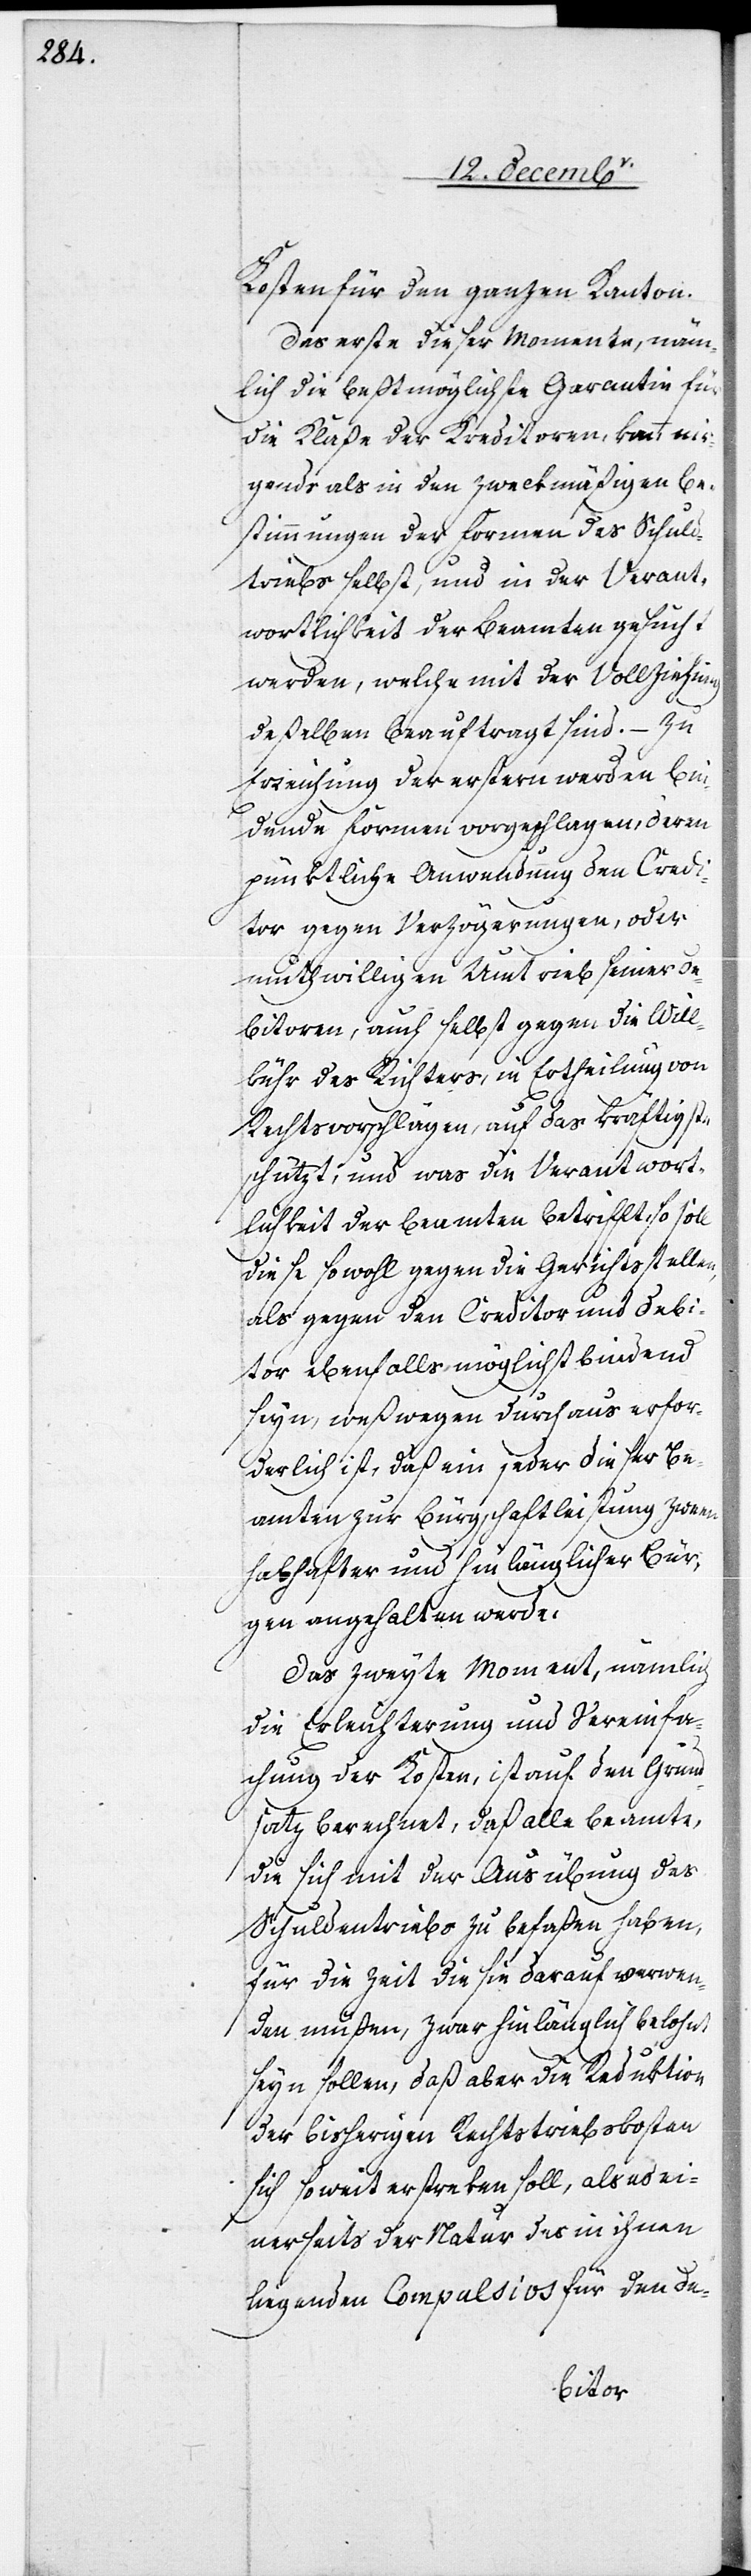
Kosten für den ganzen Kanton.
Das erste dieser Momente, näm¬
lich die beßtmöglichste Garantie für
die Klaße der Kreditoren, kann nir¬
gends als in den zweckmäßigen Be¬
stimmungen der Formen des Schuld¬
triebs selbst, und in der Verant¬
wortlichkeit der Beamten gesucht
werden, welche mit der Vollziehung
deßelben beauftragt sind. – Zu
Erreichung der ersteren werden bin¬
dende Formen vorgeschlagen, deren
pünktliche Anwendung den Credi¬
tor gegen Verzögerungen, oder
muthwilligen Umtrieb seiner De¬
bitoren, auch selbst gegen die Will¬
kühr des Richters, in Ertheilung von
Rechtsvorschlägen, auf das kräftigste
schützt; und was die Verantwort¬
lichkeit der Beamten betrifft, so soll
diese sowohl gegen die Gerichtsstellen,
als gegen den Creditor und Debi¬
tor ebenfalls möglichst bindend
seyn, weßwegen durchaus erfor¬
derlich ist, daß ein jeder dieser Be¬
amten zur Bürgschaftsleistung zween
habhafter und hinlänglicher Bür¬
ger angehalten werde.
Das zweyte Moment, nämlich
die Erleichterung und Vereinfa¬
chung der Kosten, ist auf den Grund¬
satz berechnet, daß alle Beamte,
die sich mit der Ausübung des
Schuldentriebs zu befaßen haben,
für die Zeit die sie darauf verwen¬
den müßen, zwar hinlänglich belohnt
seyn sollen, daß aber die Reduktion
der bisherigen Rechtstriebskosten
sich soweit erstreken soll, als es ei¬
nerseits der Natur des in ihren
liegenden Compulsivs für den De-